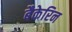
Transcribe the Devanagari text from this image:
बैकेरिन